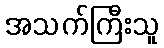
အသက်ကြီးသူ